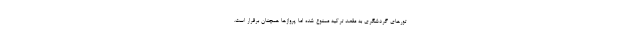
تورهای گردشگری به مقصد ترکیه ممنوع شده اما پروازها همچنان برقرار است.